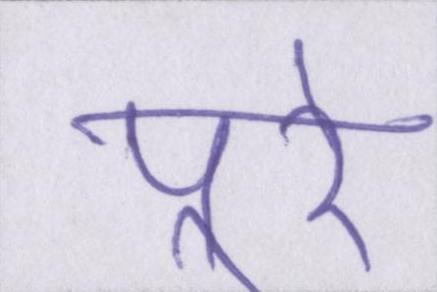
पूरे